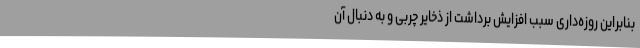
بنابراین روزه‌داری سبب افزایش برداشت از ذخایر چربی و به دنبال آن